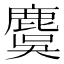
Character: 麌